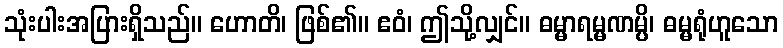
သုံးပါးအပြားရှိသည်။ ဟောတိ၊ ဖြစ်၏။ ဧဝံ၊ ဤသို့လျှင်။ ဓမ္မာရမ္မဏမ္ပိ၊ ဓမ္မရုံဟူသော